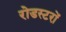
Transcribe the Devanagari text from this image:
रोडस्टरों